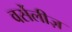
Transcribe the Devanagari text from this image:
वर्सेलीज़